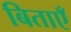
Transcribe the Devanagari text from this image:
बिताएँ